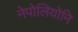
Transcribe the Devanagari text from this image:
नेपोलियोनि